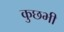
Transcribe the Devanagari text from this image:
कुछभी